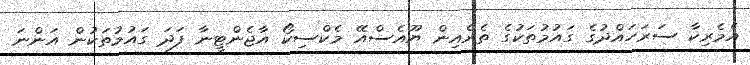
އެމެރިކާ ސަރަހައްދުގެ ގައުމުތަކުގެ ތެރެއިން ޔޫއެސްއޭ މެކްސިކޯ އާޖެންޓީނާ ފަދަ ގައުމުތަކުން އަންނަ